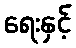
ရေးနှင့်